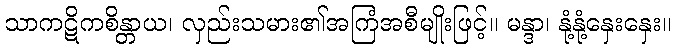
သာကဋိကစိန္တာယ၊ လှည်းသမား၏အကြံအစီမျိုးဖြင့်။ မန္ဒာ၊ နုံ့နုံ့နှေးနှေး။